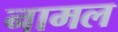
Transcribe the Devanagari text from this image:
नामल